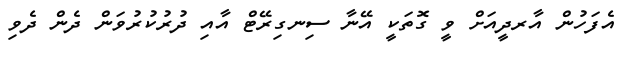
އެފަހުން އާރދީއަށް ވީ ގޮތަކީ އޭނާ ސިނގިރޭޓް އާއި ދުރުކުރުވަން ދެން ދެވި